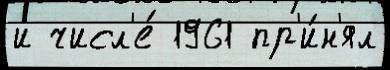
и числ'е́ 1961 пр'и́н'ял